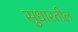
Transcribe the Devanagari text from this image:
सुधारतील